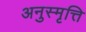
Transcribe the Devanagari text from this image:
अनुस्मृत्ति